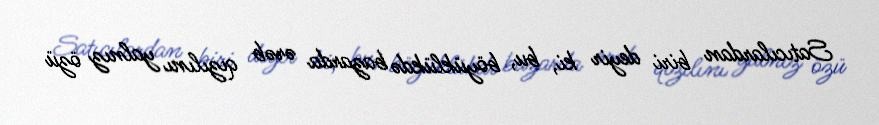
Satıcılardan biri deyir ki, bu, böyüklükdə bazarda ərəb qızılını yalnız özü